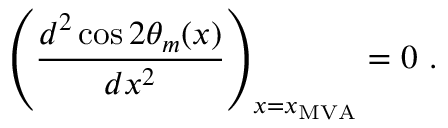
\left( \frac { d ^ { 2 } \cos 2 \theta _ { m } ( x ) } { d x ^ { 2 } } \right) _ { x = x _ { \mathrm { M V A } } } = 0 \ .